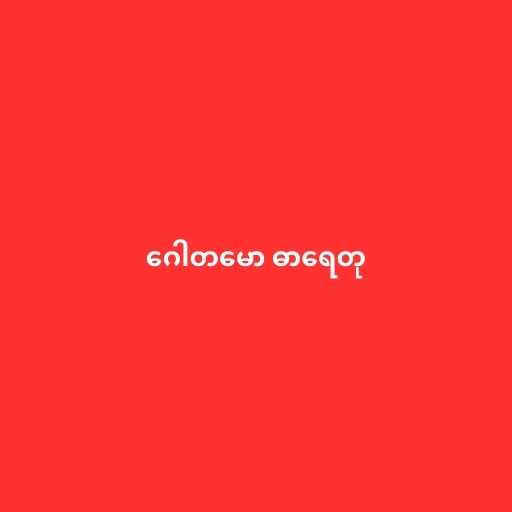
ဂေါတမော ဓာရေတု